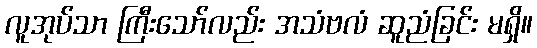
လူအုပ်သာ ကြီးသော်လည်း အသံဗလံ ဆူညံခြင်း မရှိ။